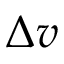
\Delta v